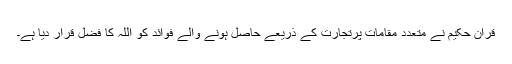
قرآنِ حکیم نے متعدد مقامات پرتجارت کے ذریعے حاصل ہونے والے فوائد کو اللہ کا فضل قرار دیا ہے۔